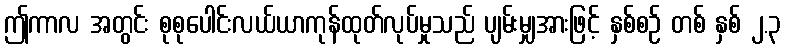
ဤကာလ အတွင်း စုစုပေါင်းလယ်ယာကုန်ထုတ်လုပ်မှုသည် ပျမ်းမျှအားဖြင့် နှစ်စဉ် တစ် နှစ် ၂.၃